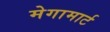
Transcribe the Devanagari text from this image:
मेगामार्ट